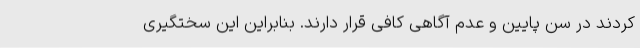
کردند در سن پایین و عدم آگاهی کافی قرار دارند. بنابراین این سختگیری